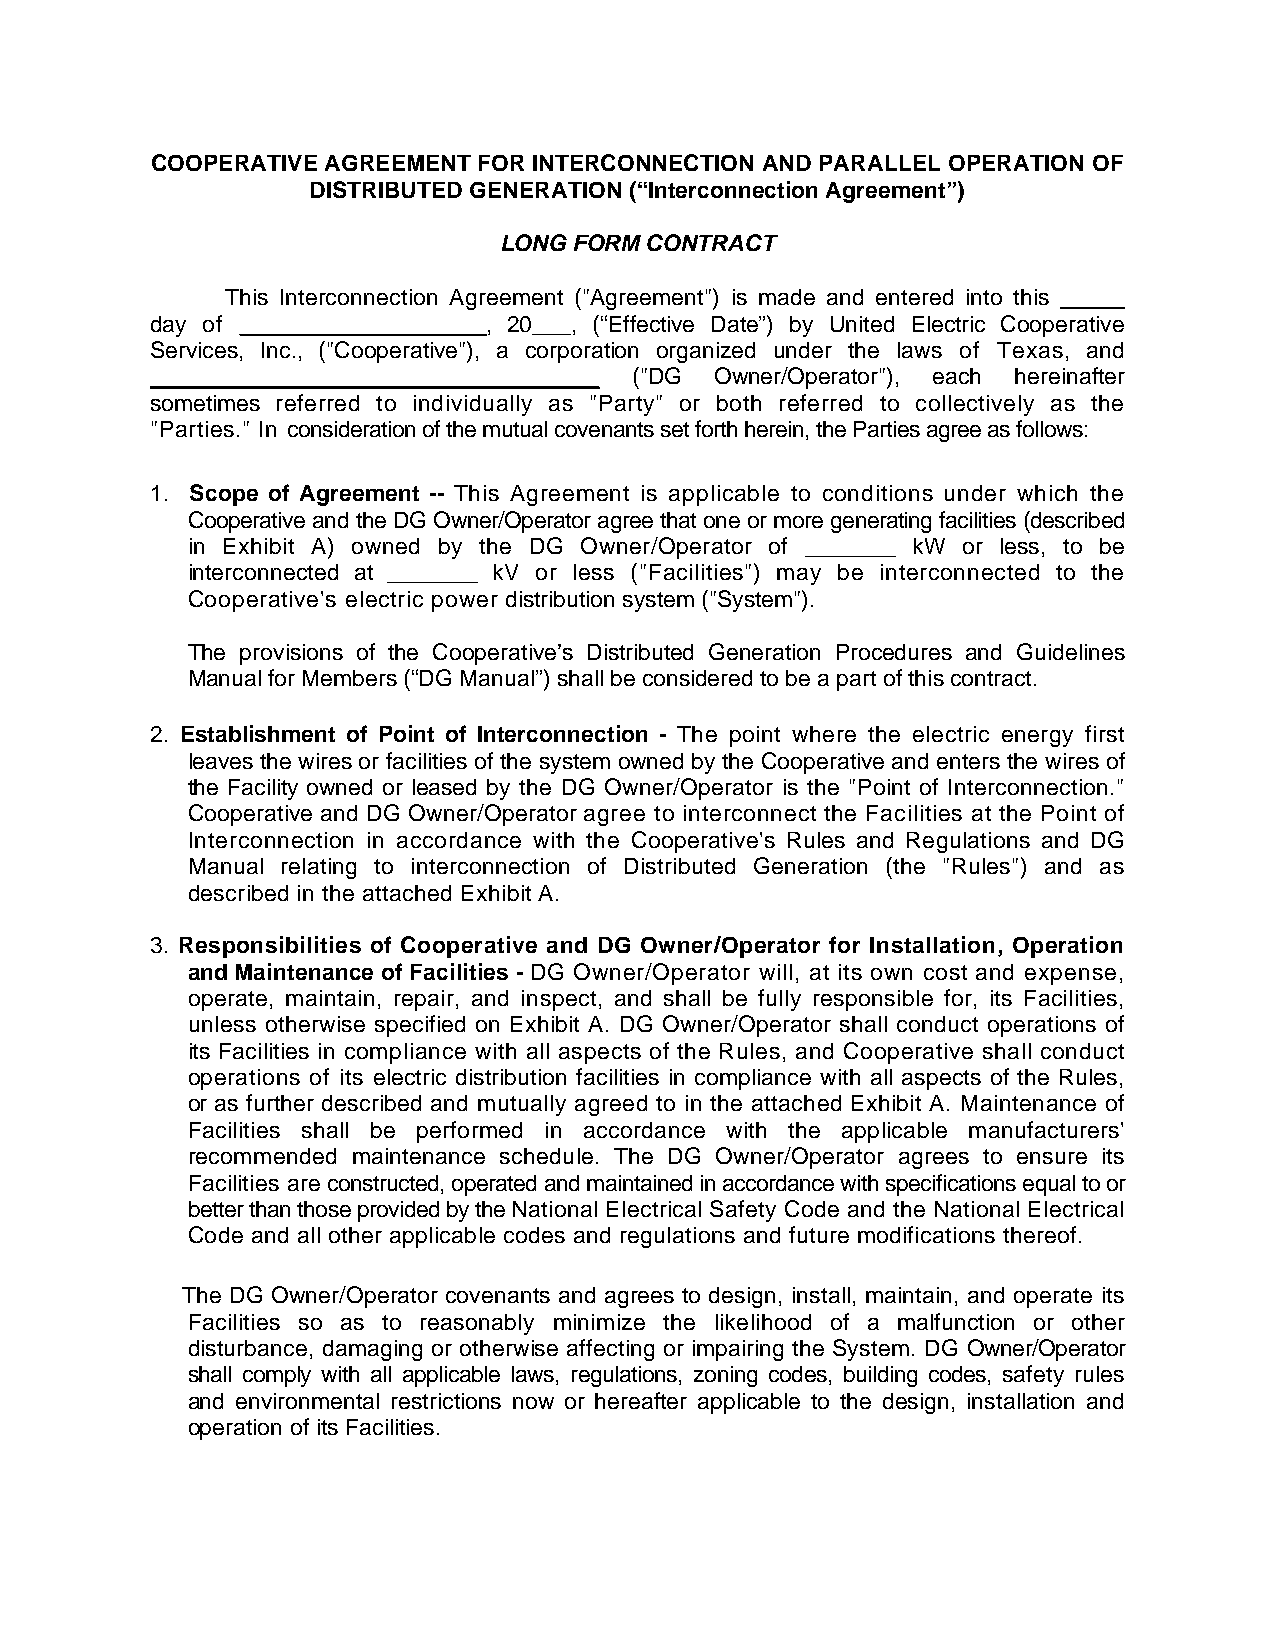
COOPERATIVE AGREEMENT FOR INTERCONNECTION AND PARALLEL OPERATION OF
 DISTRIBUTED GENERATION (“Interconnection Agreement”)
 LONG FORM CONTRACT
 This Interconnection Agreement ("Agreement") is made and entered into this _____
 day of __________________, 20___, (“Effective Date”) by United Electric Cooperative
 Services, Inc., ("Cooperative"), a corporation organized under the laws of Texas, and
 ___________________________________ ("DG Owner/Operator"), each hereinafter
 sometimes referred to individually as "Party" or both referred to collectively as the
 "Parties." In consideration of the mutual covenants set forth herein, the Parties agree as follows:
 1. Scope of Agreement -- This Agreement is applicable to conditions under which the
 Cooperative and the DG Owner/Operator agree that one or more generating facilities (described
 in Exhibit A) owned by the DG Owner/Operator of _______ kW or less, to be
 interconnected at _______ kV or less ("Facilities") may be interconnected to the
 Cooperative's electric power distribution system ("System").
 The provisions of the Cooperative’s Distributed Generation Procedures and Guidelines
 Manual for Members (“DG Manual”) shall be considered to be a part of this contract.
 2. Establishment of Point of Interconnection - The point where the electric energy first
 leaves the wires or facilities of the system owned by the Cooperative and enters the wires of
 the Facility owned or leased by the DG Owner/Operator is the "Point of Interconnection."
 Cooperative and DG Owner/Operator agree to interconnect the Facilities at the Point of
 Interconnection in accordance with the Cooperative's Rules and Regulations and DG
 Manual relating to interconnection of Distributed Generation (the "Rules") and as
 described in the attached Exhibit A.
 3. Responsibilities of Cooperative and DG Owner/Operator for Installation, Operation
 and Maintenance of Facilities - DG Owner/Operator will, at its own cost and expense,
 operate, maintain, repair, and inspect, and shall be fully responsible for, its Facilities,
 unless otherwise specified on Exhibit A. DG Owner/Operator shall conduct operations of
 its Facilities in compliance with all aspects of the Rules, and Cooperative shall conduct
 operations of its electric distribution facilities in compliance with all aspects of the Rules,
 or as further described and mutually agreed to in the attached Exhibit A. Maintenance of
 Facilities shall be performed in accordance with the applicable manufacturers'
 recommended maintenance schedule. The DG Owner/Operator agrees to ensure its
 Facilities are constructed, operated and maintained in accordance with specifications equal to or
 better than those provided by the National Electrical Safety Code and the National Electrical
 Code and all other applicable codes and regulations and future modifications thereof.
 The DG Owner/Operator covenants and agrees to design, install, maintain, and operate its
 Facilities so as to reasonably minimize the likelihood of a malfunction or other
 disturbance, damaging or otherwise affecting or impairing the System. DG Owner/Operator
 shall comply with all applicable laws, regulations, zoning codes, building codes, safety rules
 and environmental restrictions now or hereafter applicable to the design, installation and
 operation of its Facilities.